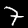
Label: 7